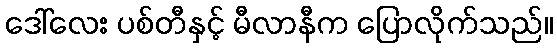
ဒေါ်လေး ပစ်တီနှင့် မီလာနီက ပြောလိုက်သည်။